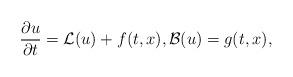
LaTeX: \begin{align*} \frac{\partial u}{\partial t} = \mathcal{L}(u) + f(t,x), \mathcal{B}(u) = g(t,x), \end{align*}